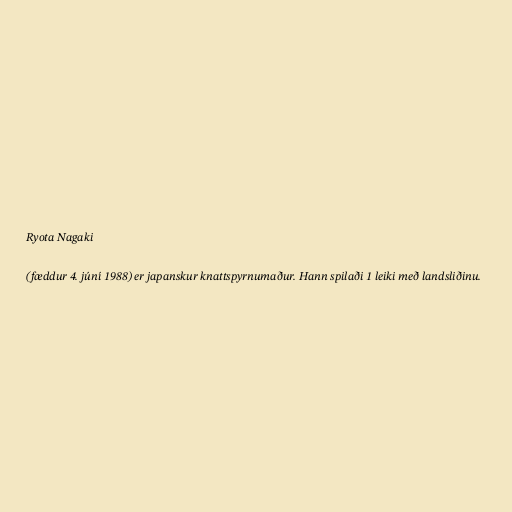
Ryota Nagaki

(fæddur 4. júní 1988) er japanskur knattspyrnumaður. Hann spilaði 1 leiki með landsliðinu.